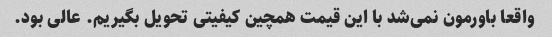
واقعا باورمون نمی‌شد با این قیمت همچین کیفیتی تحویل بگیریم. عالی بود.